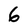
Character: 6